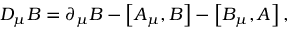
D _ { \mu } B = \partial _ { \mu } B - \left[ A _ { \mu } , B \right] - \left[ B _ { \mu } , A \right] ,